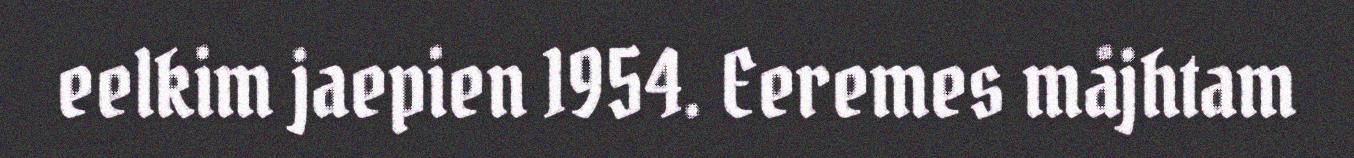
eelkim jaepien 1954. Eeremes måjhtam